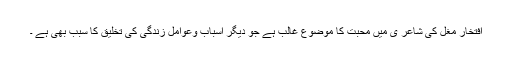
افتخارؔ مغل کی شاعر ی میں محبت کا موضوع غالب ہے جو دیگر اسباب وعوامل زندگی کی تخلیق کا سبب بھی ہے ۔